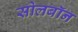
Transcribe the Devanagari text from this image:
सोलबॉन